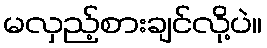
မလှည့်စားချင်လို့ပဲ။